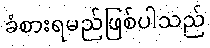
ခံစားရမည်ဖြစ်ပါသည်